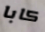
كابا